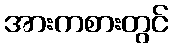
အားကစားတွင်